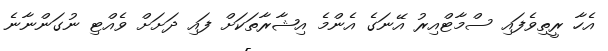
އެހާ ރީތިވެފައި ސްމާޓްއިރު އޭނަގެ އެންމެ އިޝާރާތަކަށް ފައި ދަށަށް ވެއްޓި ނުގަންނާނެ